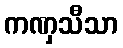
ကဏှသီသာ